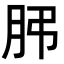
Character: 𦙨